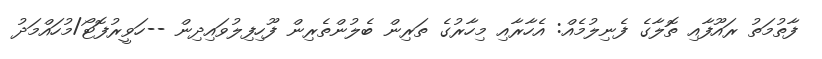
ފާތުމަތު ރައޫފާއި ތޮލާގެ ފެނިލުމެއް: އެހާރާއި މިހާރުގެ ތަރިން ބެލުންތެރިން ފޫހިފިލުވައިދިން --ހަވީރުފޮޓޯ/މުހައްމަދު